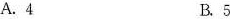
A.4 B.5